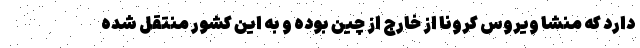
دارد که منشا ویروس کرونا از خارج از چین بوده و به این کشور منتقل شده